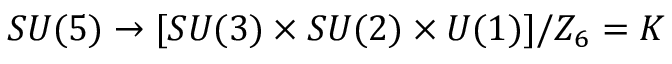
S U ( 5 ) \rightarrow [ S U ( 3 ) \times S U ( 2 ) \times U ( 1 ) ] / Z _ { 6 } = K